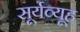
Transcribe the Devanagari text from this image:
सूर्यव्यूह